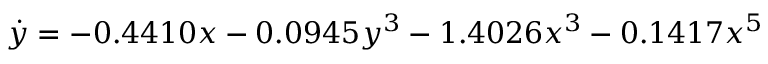
\dot { y } = - 0 . 4 4 1 0 x - 0 . 0 9 4 5 y ^ { 3 } - 1 . 4 0 2 6 x ^ { 3 } - 0 . 1 4 1 7 x ^ { 5 }